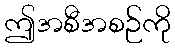
ဤအစီအစဉ်ကို